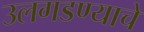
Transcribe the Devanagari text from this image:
उलगडण्याचे